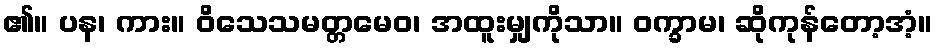
၏။ ပန၊ ကား။ ဝိသေသမတ္တမေဝ၊ အထူးမျှကိုသာ။ ဝက္ခာမ၊ ဆိုကုန်တော့အံ့။